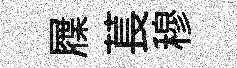
屧萇穆